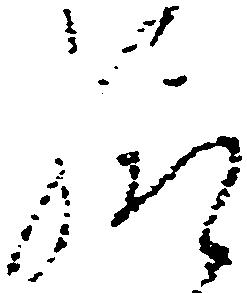
給